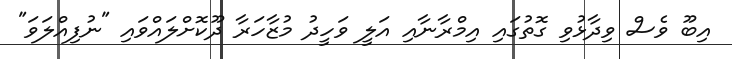
އިބޫ ވެސް ވިދާޅުވި ގޮތުގައި އިމްރާނާއި އަލީ ވަހީދު މުޒާހަރާ ދޫކޮށްލައްވައި "ނުފިއްލަވަ"